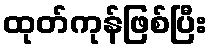
ထုတ်ကုန်ဖြစ်ပြီး